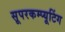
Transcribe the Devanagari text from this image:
सूपरकम्प्यूटिंग